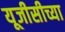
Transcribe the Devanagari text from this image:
यूजीसीच्या